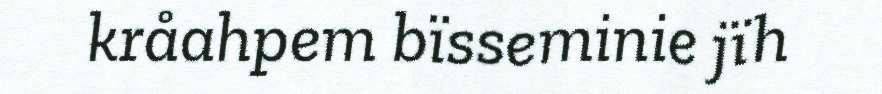
kråahpem bïsseminie jïh